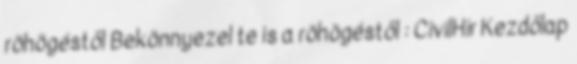
röhögéstől Bekönnyezel te is a röhögéstől : CivilHír Kezdőlap